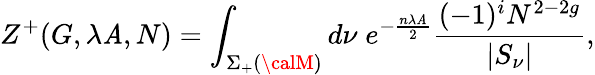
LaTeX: Z^{+}(G,\lambda\mathit{A},N)=\int_{\Sigma_{+}({\calM})}d\nu\; e^{-\frac{{n\lambda\mathit{A}}}{{2}}}\frac{{(-1)^{i}N^{2-2g}}}{{|S_{\nu}|}},